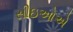
સીઇઓએ